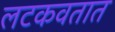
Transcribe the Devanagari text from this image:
लटकवतात